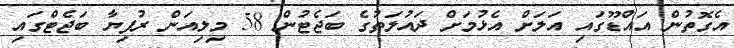
އެގޮތުން އައްޑޫގައި އަލަށް އެޅުމަށް ދައުލަތުގެ ބަޖެޓުން 58 މިލިއަން ރުފިޔާ ބަޖެޓްގައި